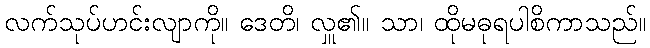
လက်သုပ်ဟင်းလျာကို။ ဒေတိ၊ လှူ၏။ သာ၊ ထိုမဓုရပါစိကာသည်။